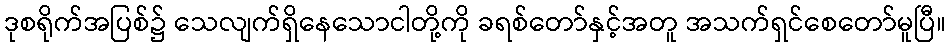
ဒုစရိုက်အပြစ်၌ သေလျက်ရှိနေသောငါတို့ကို ခရစ်တော်နှင့်အတူ အသက်ရှင်စေတော်မူပြီ။